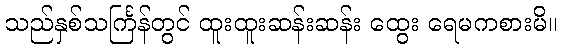
သည်နှစ်သင်္ကြန်တွင် ထူးထူးဆန်းဆန်း ထွေး ရေမကစားမိ။